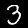
Label: 3